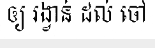
ឲ្យ រង្វាន់ ដល់ ចៅ